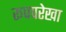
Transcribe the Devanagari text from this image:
रूपपरेखा